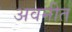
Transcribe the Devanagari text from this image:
अवनीत